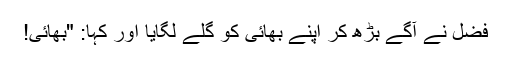
فضل نے آگے بڑھ کر اپنے بھائی کو گلے لگایا اور کہا: "بھائی!